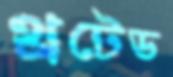
থ্রটেড